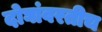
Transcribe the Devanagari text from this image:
दोघांवरतीच